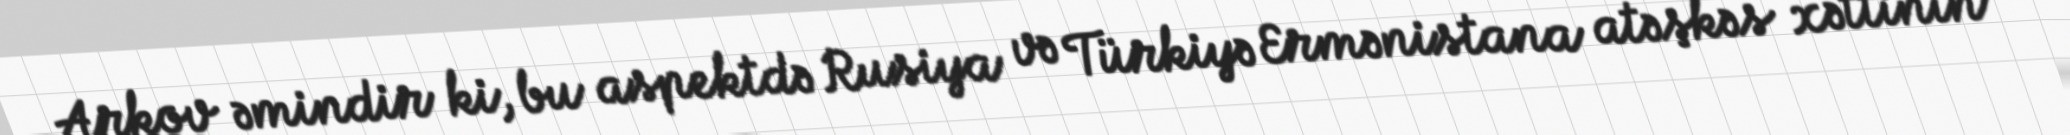
Arkov əmindir ki, bu aspektdə Rusiya və Türkiyə Ermənistana atəşkəs xəttinin